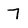
Character: 7